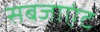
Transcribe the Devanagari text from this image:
सबजाएंट